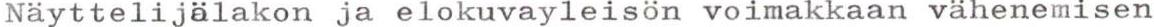
Näyttelijälakon ja elokuvayleisön voimakkaan vähenemisen